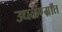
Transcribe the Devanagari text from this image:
उधळण्यात